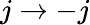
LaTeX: j\to-j